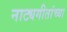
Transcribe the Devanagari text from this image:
नाट्यगीतांच्या